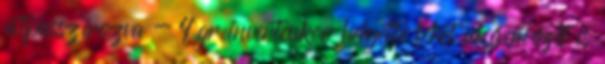
átpasszírozva - 4 gr invertcukor helyette lehet akácmézet is